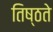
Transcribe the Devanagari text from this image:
तिष्ठते